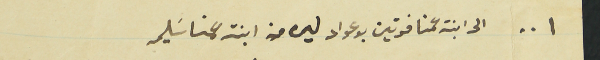
٠٠١ الى ابنت عمنا فوتين بو عواد ليره من ابنت عمنا سَليمه